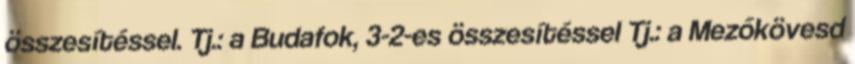
összesítéssel. Tj.: a Budafok, 3-2-es összesítéssel Tj.: a Mezőkövesd